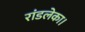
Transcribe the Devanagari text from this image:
रांडलेका।